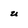
Character: u